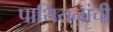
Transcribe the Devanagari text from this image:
पार्थियनांची